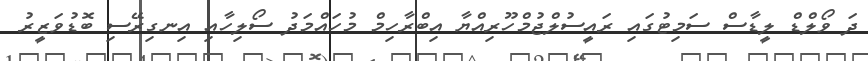
ދަ ވޯލްޑް ލީޑާސް ސަމިޓުގައި ރައީސުލްޖުމްހޫރިއްޔާ އިބްރާހިމް މުހައްމަދު ސޯލިހާއި އިނގިރޭސި ބޮޑުވަޒީރު